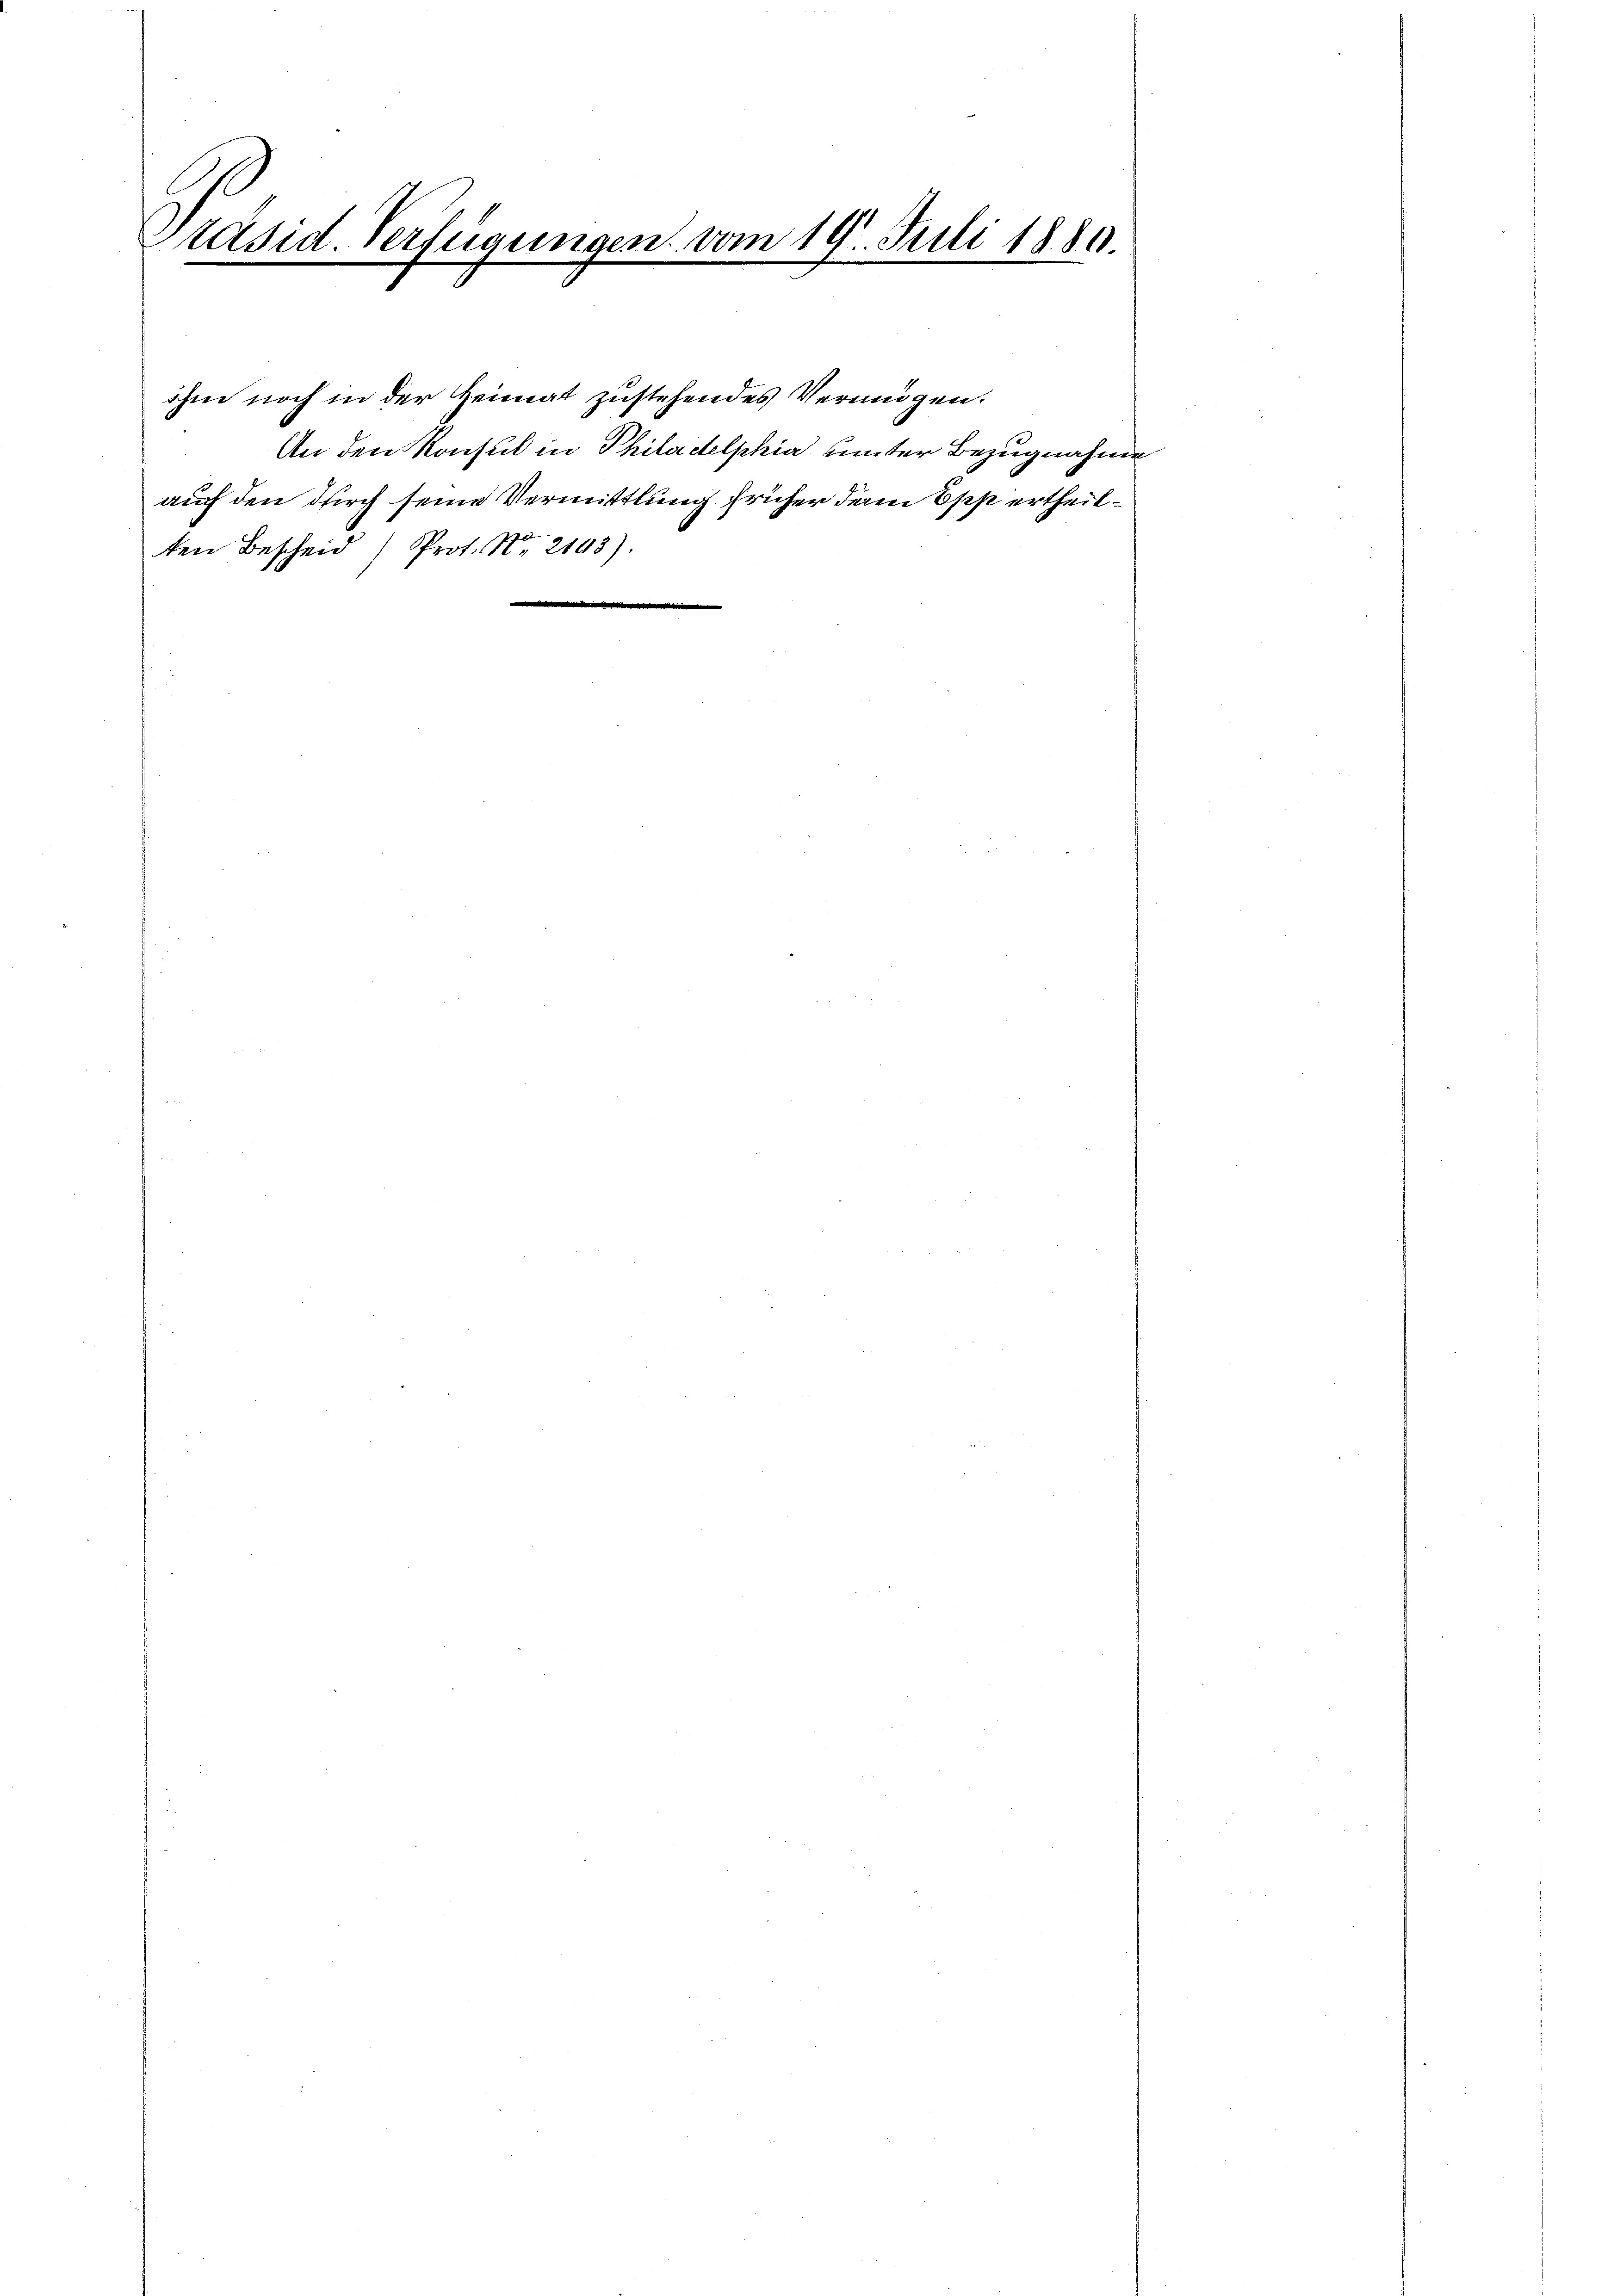
Präsid. Verfügungen vom 19. Juli 1880.

ihm noch in der Heimat zustehendes Vermögen.
An den Konsul in Philadelphia unter Bezugnahme
auch den durch seine Vermittlung früher den Epp ertheilten Bescheid) Prof. No. 2193).
.
.